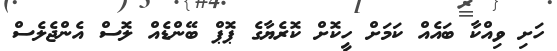
ހަށި ވިއްކާ ބައެއް ކަމަށް ހީކޮށް ކޮރެޔާގެ ޕޮޕް ބޭންޑެއް ލޮސް އެންޖެލެސް